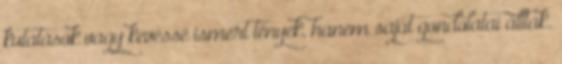
kutatások vagy kevéssé ismert tények, hanem saját gondolatai álltak.